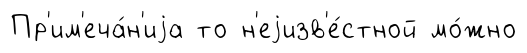
Пр'им'еча́н'иjа то н'еjизв'е́стной мо́жно